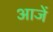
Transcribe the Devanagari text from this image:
आजें